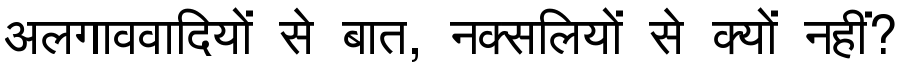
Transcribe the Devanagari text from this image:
अलगाववादियों से बात, नक्सलियों से क्यों नहीं?